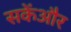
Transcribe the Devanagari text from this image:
सकेंऔर